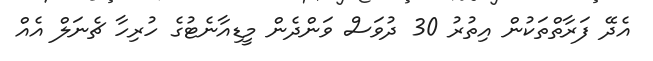
އެދޭ ފަރާތްތަކުން އިތުރު 30 ދުވަސް ވަންދެން މީޑިއާނެޓުގެ ހުރިހާ ޗެނަލް އެއް